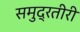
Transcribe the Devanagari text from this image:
समुद्रतीरी